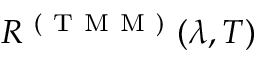
R ^ { \mathrm { ~ ( ~ T ~ M ~ M ~ ) ~ } } ( \lambda , T )